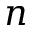
n